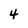
Character: 4